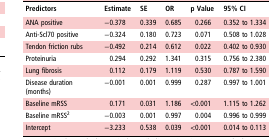
<table><thead><tr><td><b>Predictors</b></td><td><b>Estimate</b></td><td><b>SE</b></td><td><b>OR</b></td><td><b>p Value</b></td><td><b>95% CI</b></td></tr></thead><tbody><tr><td>ANA positive</td><td>−0.378</td><td>0.339</td><td>0.685</td><td>0.266</td><td>0.352 to 1.334</td></tr><tr><td>Anti-Scl70 positive</td><td>−0.324</td><td>0.180</td><td>0.723</td><td>0.071</td><td>0.508 to 1.028</td></tr><tr><td>Tendon friction rubs</td><td>−0.492</td><td>0.214</td><td>0.612</td><td>0.022</td><td>0.402 to 0.930</td></tr><tr><td>Proteinuria</td><td>0.294</td><td>0.292</td><td>1.341</td><td>0.315</td><td>0.756 to 2.380</td></tr><tr><td>Lung fibrosis</td><td>0.112</td><td>0.179</td><td>1.119</td><td>0.530</td><td>0.787 to 1.590</td></tr><tr><td>Disease duration (months)</td><td>−0.001</td><td>0.001</td><td>0.999</td><td>0.287</td><td>0.997 to 1.001</td></tr><tr><td>Baseline mRSS</td><td>0.171</td><td>0.031</td><td>1.186</td><td>&lt;0.001</td><td>1.115 to 1.262</td></tr><tr><td>Baseline mRSS<sup>2</sup></td><td>−0.003</td><td>0.001</td><td>0.997</td><td>0.004</td><td>0.996 to 0.999</td></tr><tr><td>Intercept</td><td>−3.233</td><td>0.538</td><td>0.039</td><td>&lt;0.001</td><td>0.014 to 0.113</td></tr></tbody></table>